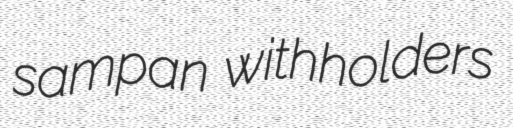
sampan withholders